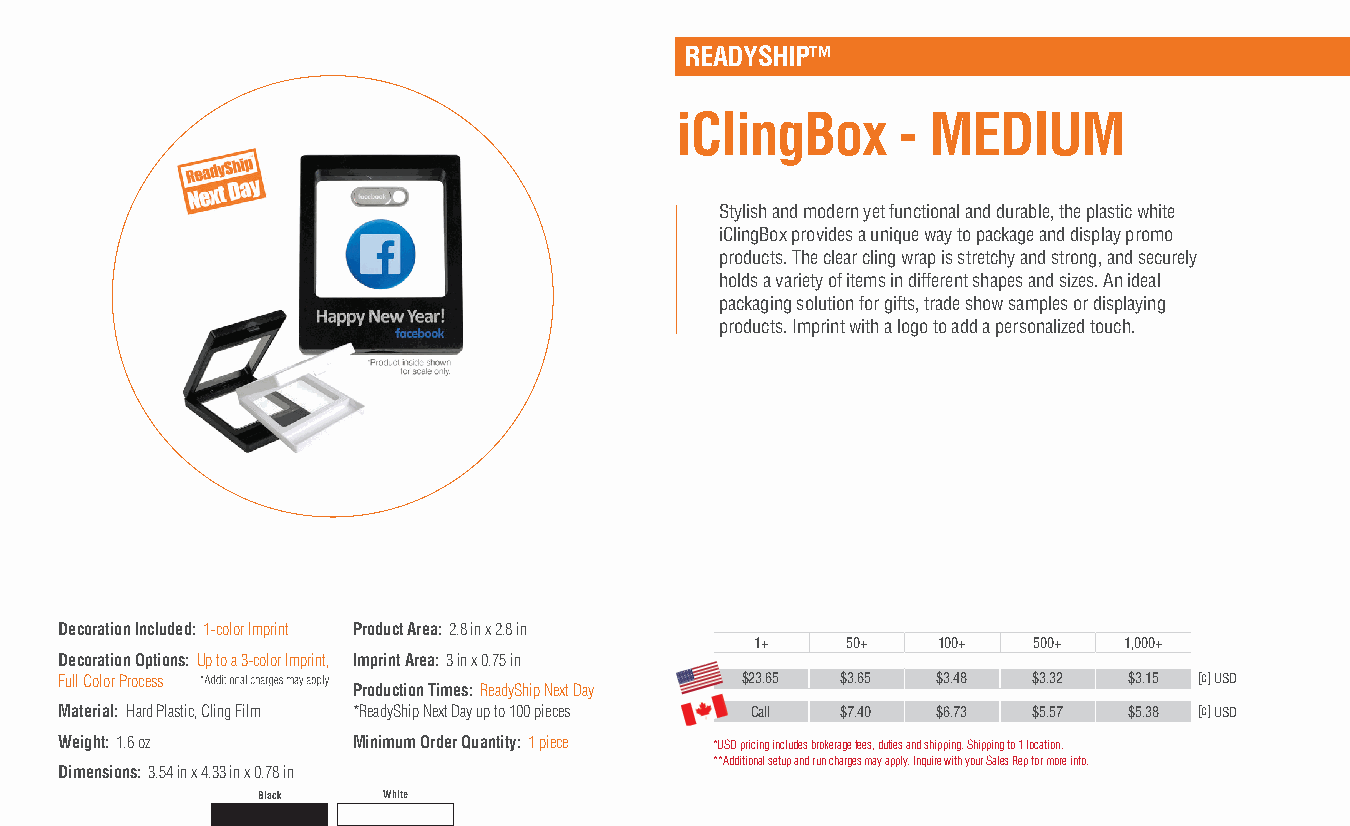
READYSHIP™
 iClingBox      - MEDIUM
 Stylish and modern yet functional and durable, the plastic white
 iClingBox provides a unique way to package and display promo
 products. The clear cling wrap is stretchy and strong, and securely
 holds a variety of items in different shapes and sizes. An ideal
 packaging solution for gifts, trade show samples or displaying
 products. Imprint with a logo to add a personalized touch.
 Decoration Included: 1-color Imprint Product Area: 2.8 in x 2.8 in
 1+    50+   100+  500+  1,000+
 Decoration Options: Up to a 3-color Imprint, Imprint Area: 3 in x 0.75 in
 Full Color Process                           $23.65 $3.65 $3.48 $3.32  $3.15 [c] USD
 Production Times: ReadyShip Next Day
 Material: Hard Plastic, Cling Film *ReadyShip Next Day up to 100 pieces Call $7.40 $6.73 $5.57 $5.38 [c] USD
 Weight: 1.6 oz     Minimum Order Quantity: 1 piece *USD pricing includes brokerage fees, duties and shipping. Shipping to 1 location.
 **Additional setup and run charges may apply. Inquire with your Sales Rep for more info.
 Dimensions: 3.54 in x 4.33 in x 0.78 in
 Black   White